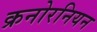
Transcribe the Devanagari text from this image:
क्रनोरनियन